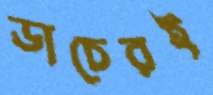
ডাচেরই